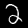
Digit: 2